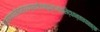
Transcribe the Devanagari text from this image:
प्रमाणप्रमेयसंशयप्रयोजनदृष्टान्तसिद्धान्तावयवतर्क